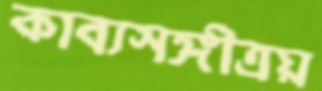
কাব্যসঙ্গীত্রয়